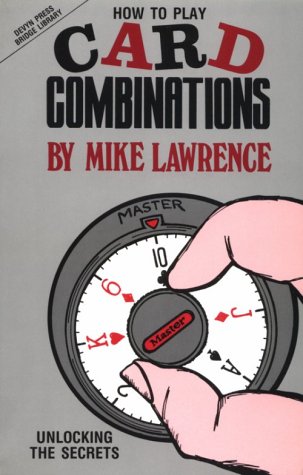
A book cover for How To Play Card Combinations (Devyn Press Bridge Library); Mike Lawrence; Humor & Entertainment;